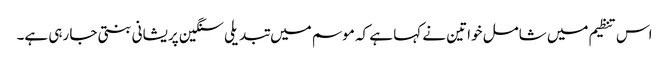
اس تنظیم میں شامل خواتین نے کہا ہے کہ موسم میں تبدیلی سنگین پریشانی بنتی جا رہی ہے۔